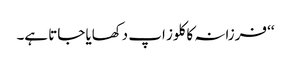
‘‘ فرزانہ کا کلوز اپ دکھایا جاتا ہے۔